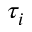
\tau _ { i }